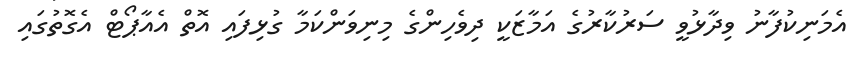
އެމަނިކުފާނު ވިދާޅުވީ ސަރުކާރުގެ އަމާޒަކީ ދިވެހިންގެ މިނިވަންކަމާ ގުޅިފައި އޮތް އެއާޕޯޓް އެގޮތުގައި